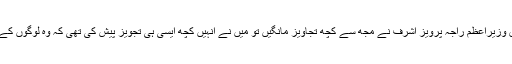
ایک بار سابق وزیراعظم راجہ پرویز اشرف نے مجھ سے کچھ تجاویز مانگیں تو میں نے انہیں کچھ ایسی ہی تجویز پیش کی تھی کہ وہ لوگوں کے مسائل سنیں۔